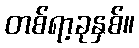
တစ်ရာ့ခုနှစ်။